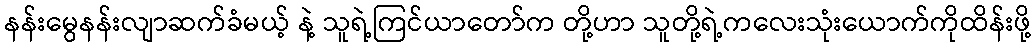
နန်းမွေနန်းလျာဆက်ခံမယ့် နဲ့ သူရဲ့ကြင်ယာတော်က တို့ဟာ သူတို့ရဲ့ကလေးသုံးယောက်ကိုထိန်းဖို့